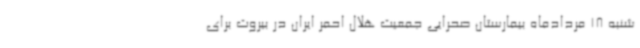
شنبه 18 مردادماه بیمارستان صحرایی جمعیت هلال احمر ایران در بیروت برای